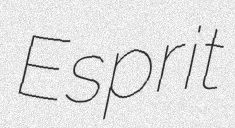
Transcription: Esprit